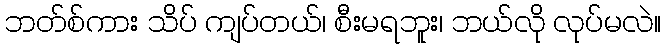
ဘတ်စ်ကား သိပ် ကျပ်တယ်၊ စီးမရဘူး၊ ဘယ်လို လုပ်မလဲ။